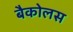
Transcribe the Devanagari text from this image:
बैकोलस